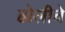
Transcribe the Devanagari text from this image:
ढोलीचे